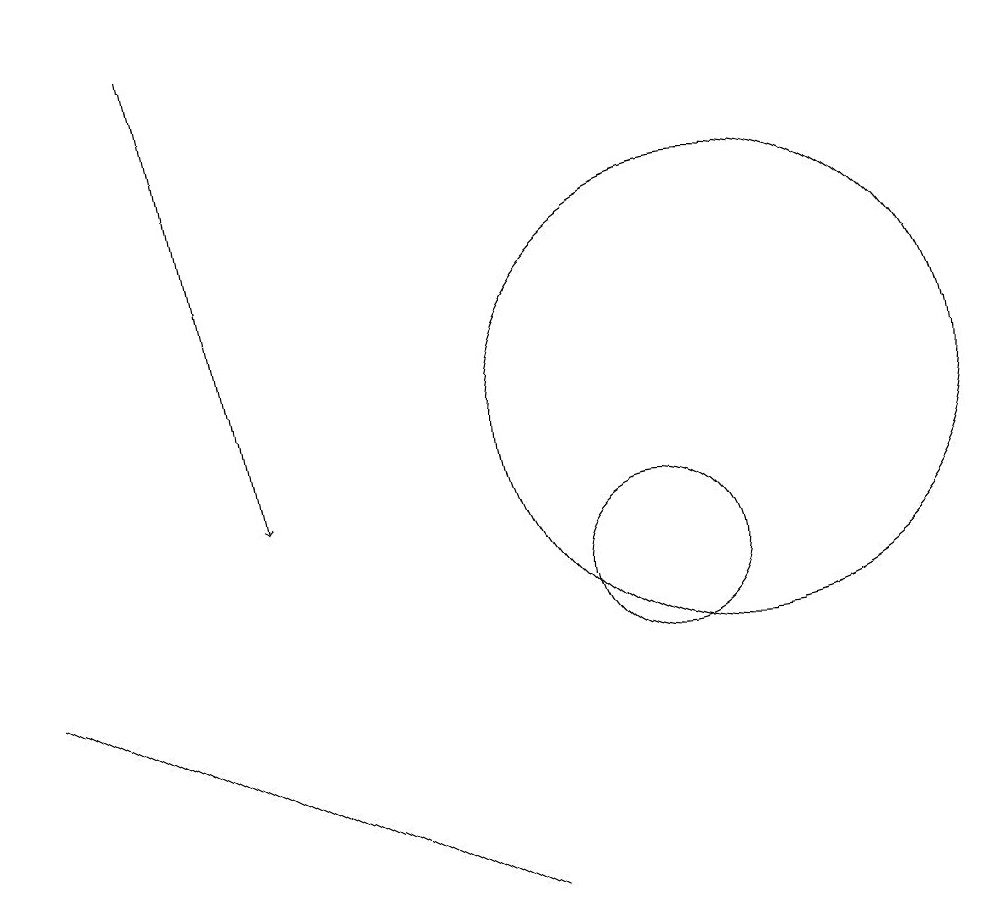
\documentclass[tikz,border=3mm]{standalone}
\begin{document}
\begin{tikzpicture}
\draw (11,12) circle (3);
\draw (2,9) -- (8,6) -- (6,7) -- cycle;
\draw (10,10) circle (1);
\draw[->] (4,17) -- (5,11);
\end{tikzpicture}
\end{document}